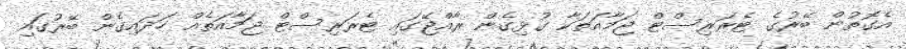
އެގޮތުން ބޭރުގެ ޓެރަރިސްޓް ޖަމާއަތަކާ ގުޅިގެން ރާއްޖޭގައި ޓެރަރިސްޓް ޖަމާއަތެއް ހަދައިގެން ބޭރުގައި